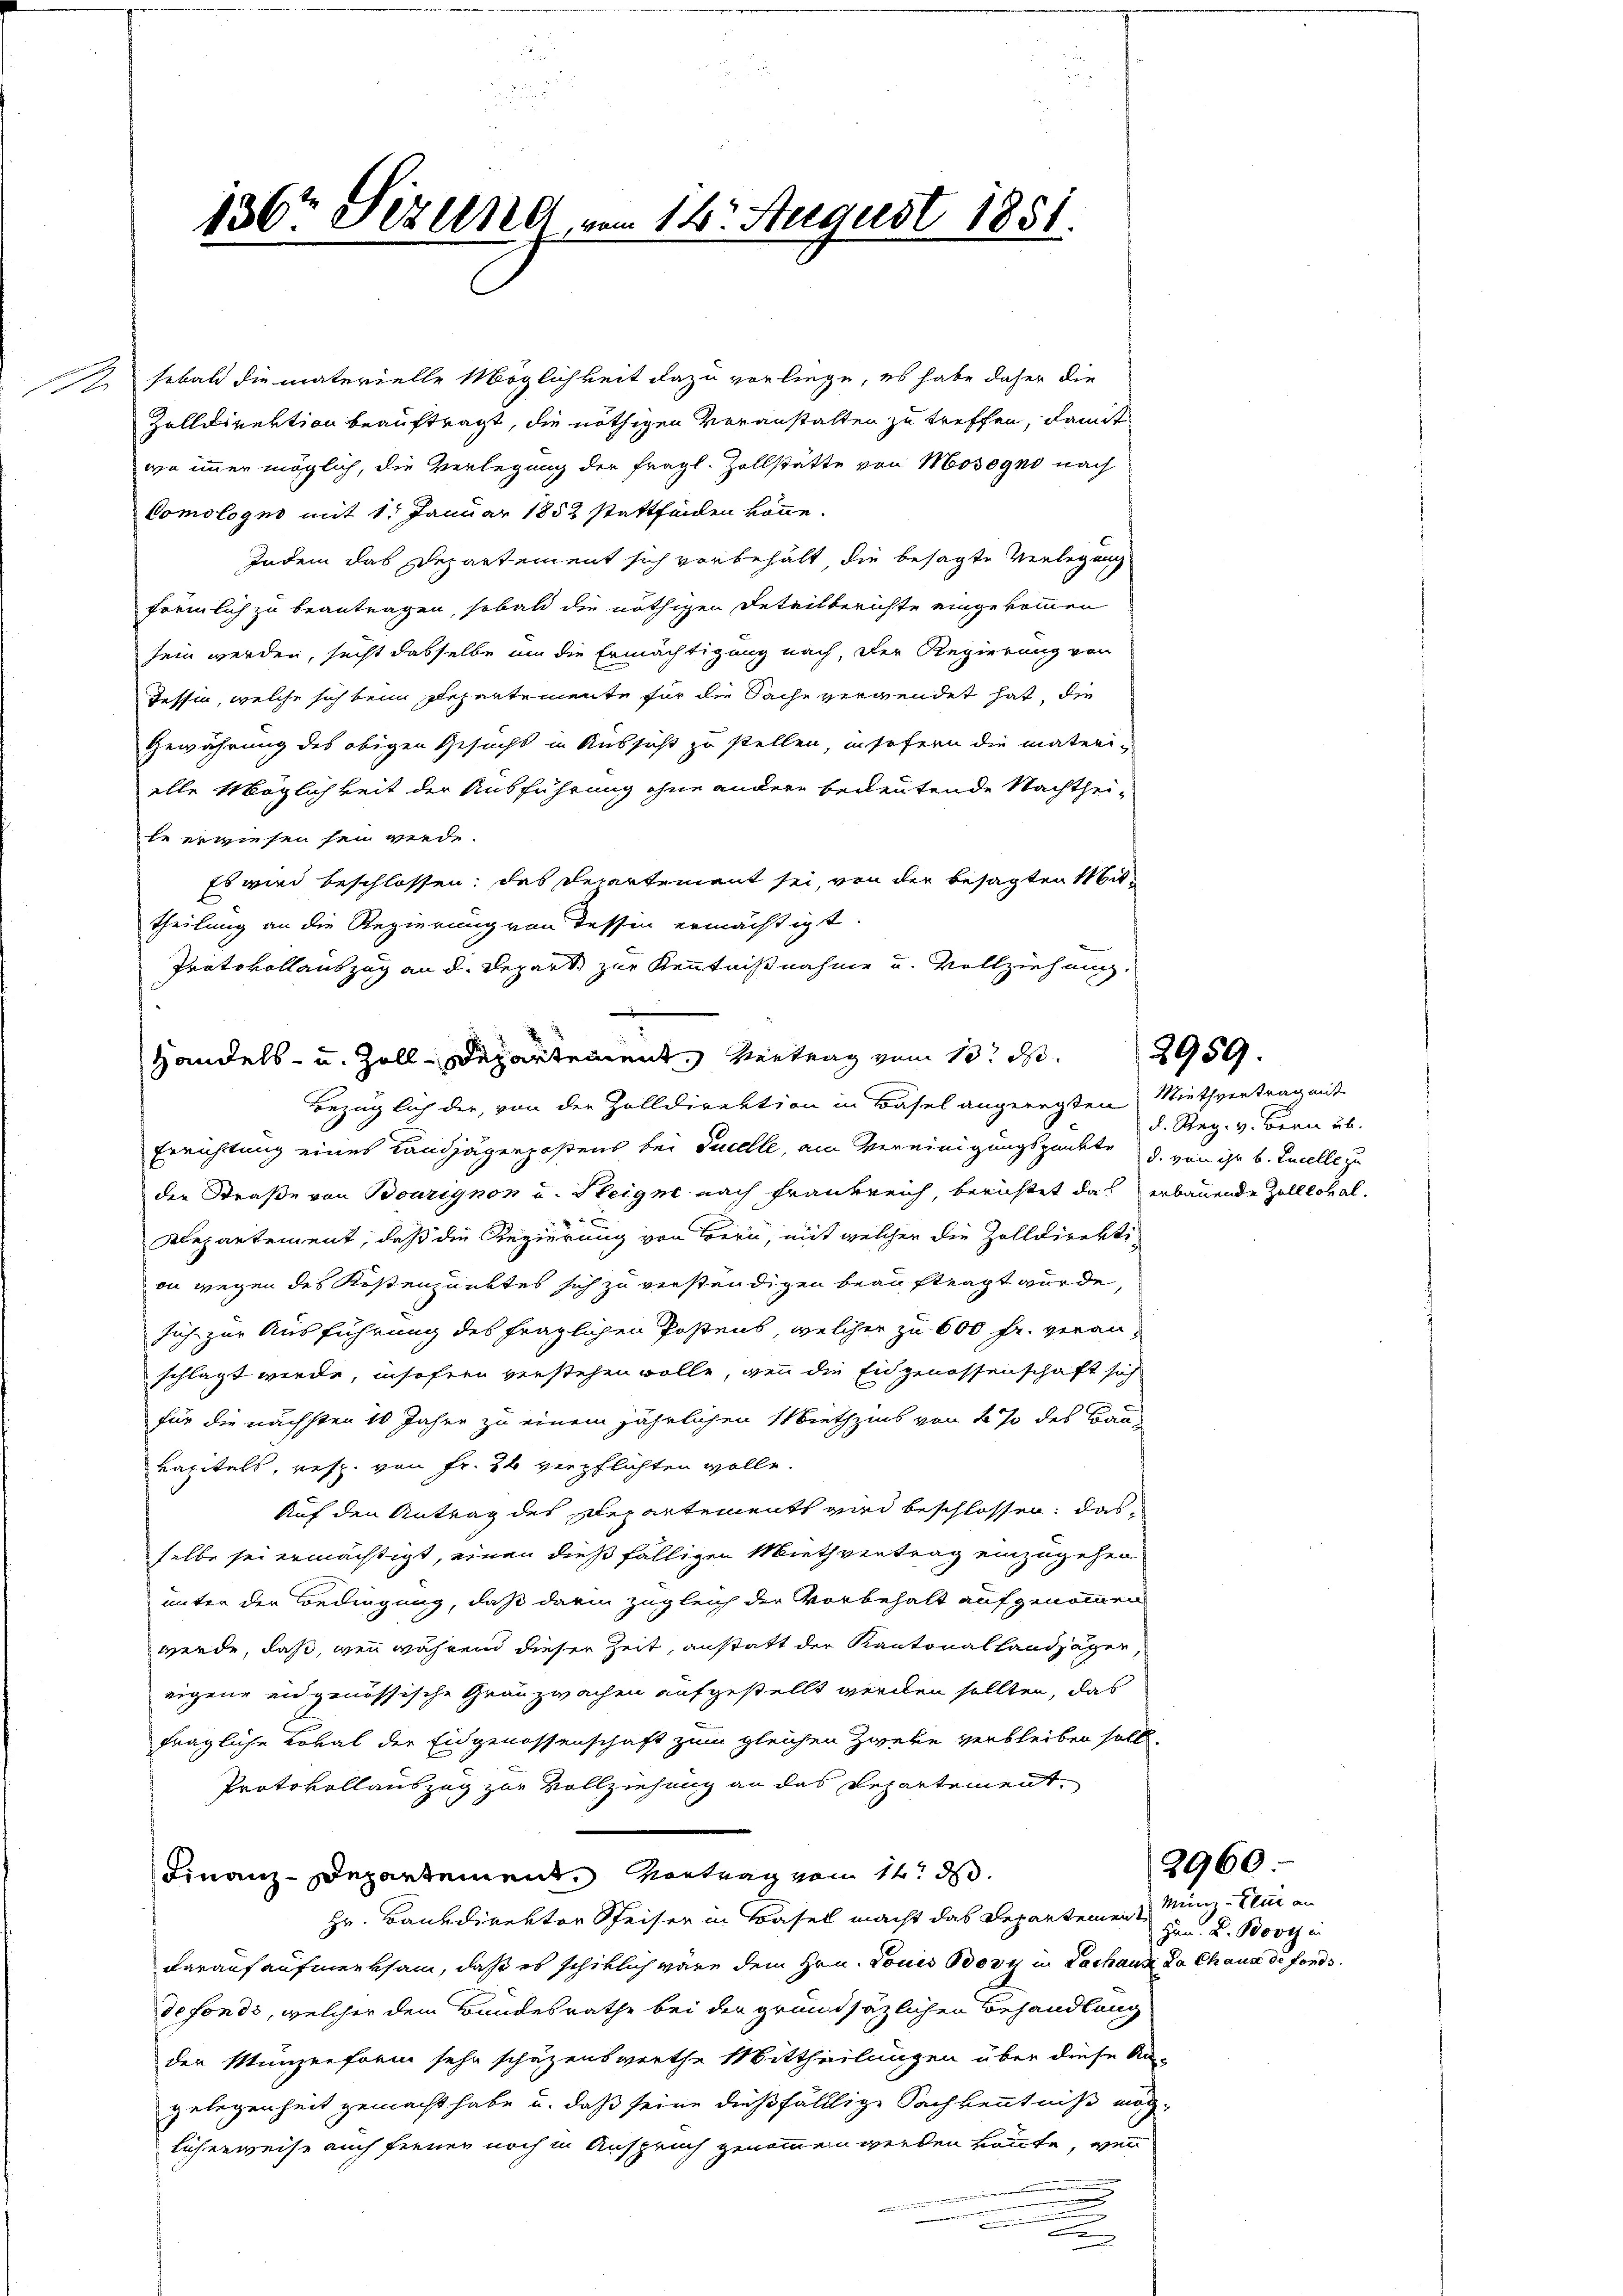
.

sobald die materielle Möglichkeit dazu vorliege, es habe daher die
Zolldirektion beauftragt, die nöthigen Veranstalten zu treffen, damit
we immer möglich, die Verlegung der fragl. Zollstätte von Mosogno nach
Comologno mit 1. Januar 1852 stattfinden könne.
Indem das Departement sich vorbehalt die besagte Verlegung
föemlich zu beantragen, sobald die nöthigen Beteilberichte eingekommen
sein werden, sucht dasselbe um die Ermächtigung nach, der Regierung von
Tessin, welche sich beim Departemente für die Sache verwendet hat, die
Gewährung des obigen Gesucht in Aussicht zu stellen, insofern die materi-
alle Möglichkeit der Ausführung ohne andere bedeutende Nachtheite erwiesen sei werde.
Es wird beschlossen, das Departement sei, von der besagten Mit¬
.
theilung an die Regierung von dessen ermächtigt.
Protokollauszug an d. Repart zur Kenntnißnahme und Vollziehung

Errichtung eines Landjägerpostens bei Ducelle, am Vereinigungspunkte d. von ihr b. Excelle zu
der Straße von Bourignon u. Steigne nach Frankreich, berichtet das erbauende Zolllokal¬

Departement, daß die Regierung von Bern, mit welcher die Zolldirektion wegen des Kostenpunktes sich zu verständigen beauftragt wurde,
sich zur Ausführung des fraglichen Postens, welcher zu 600 fr. veran-
schlagt werde, insofern verstehen wolle, wenn die Eidgenossenschaft sich
für die nächsten 10 Jahre zu einem jährlichen Miethzins von 2 % des Bau-
kapitals, resp. von Fr. 26 verpflichten wolle.
Auf den Antrag des Departements wird beschlossen, das
selbe sei ermächtigt, einen dießfälligen Miethvertrag einzugehen
unter der Bedingung, daß darin zugleich der Vorbehalt aufgenommen
werde, daß, wenn während dieser Zeit, anstatt der Kantonal Landjäger,
eigene eidgenössische Grauzwachen aufgestellt werden sollten, das
fragliche Lokal der Eidgenossenschaft zum gleichen Zweke verbleiben solle.
Protokollauszug zur Vollziehung an das Departement,
Finanz-Departement. Vortrag vom 14. d.
Hr. Bankdirektor Speiser in Basel macht das Departemen Minz- Etui an
darauf aufmerksam, daß es schiklich wäre dem Hrn. Louis Bory in Lachaus da Chaus de fonds.
defonds, welcher dem Bundesrathe bei der grundsätzlichen Behandlung
der Münzenform sehr schäzenswerthe Mittheilungen über diese Ka-
gelegenheit gemacht habe u. daß seine dießfälllige Sachkenntniß möchlicherweise auch fernen noch in Anspruch genommen werden könnte, wenn
.

136r Jezung vom 16t August 1851.

Handels- u. Zoll-Departement. Vertrag vom 10. d.
Bezüglich der, von der Zolldirektion in Basel angeregten Miethvertrag mit

2959.

d. Reg. v. Bern üb

Hrn. L. Bove in

2960.